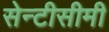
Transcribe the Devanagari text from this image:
सेन्टीसीमी